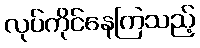
လုပ်ကိုင်နေကြသည့်